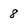
Character: 8